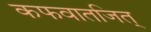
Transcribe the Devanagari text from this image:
कफवातजित्